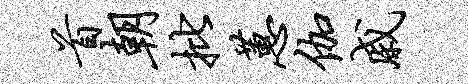
首朝批蕙伽戚